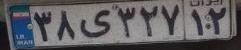
۳۸ی۳۲۷۱۲